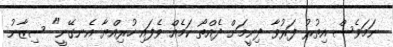
ނަމަވެސް އިތުރު ފަރުވާ ދިނީމަށް ދެއްތޯ ކަމެއް ވެފައި ހުރިއްޔާ އެނގޭނީ" ސިޒާނު